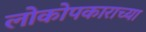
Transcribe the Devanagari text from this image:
लोकोपकाराच्या